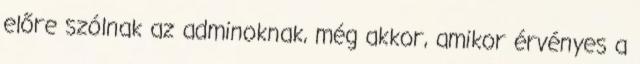
előre szólnak az adminoknak, még akkor, amikor érvényes a